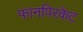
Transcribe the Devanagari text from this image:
फानपिरकेट